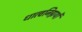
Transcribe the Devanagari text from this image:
धात्वनिग्नयों